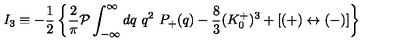
I _ { 3 } \equiv - { \frac { 1 } { 2 } } \left\{ { \frac { 2 } { \pi } } { \cal P } \int _ { - \infty } ^ { \infty } d q \ q ^ { 2 } \ P _ { + } ( q ) - { \frac { 8 } { 3 } } ( K _ { 0 } ^ { + } ) ^ { 3 } + [ ( + ) \leftrightarrow ( - ) ] \right\}